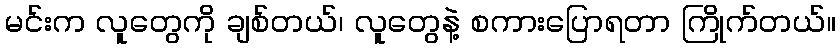
မင်းက လူတွေကို ချစ်တယ်၊ လူတွေနဲ့ စကားပြောရတာ ကြိုက်တယ်။